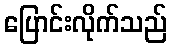
ပြောင်းလိုက်သည်